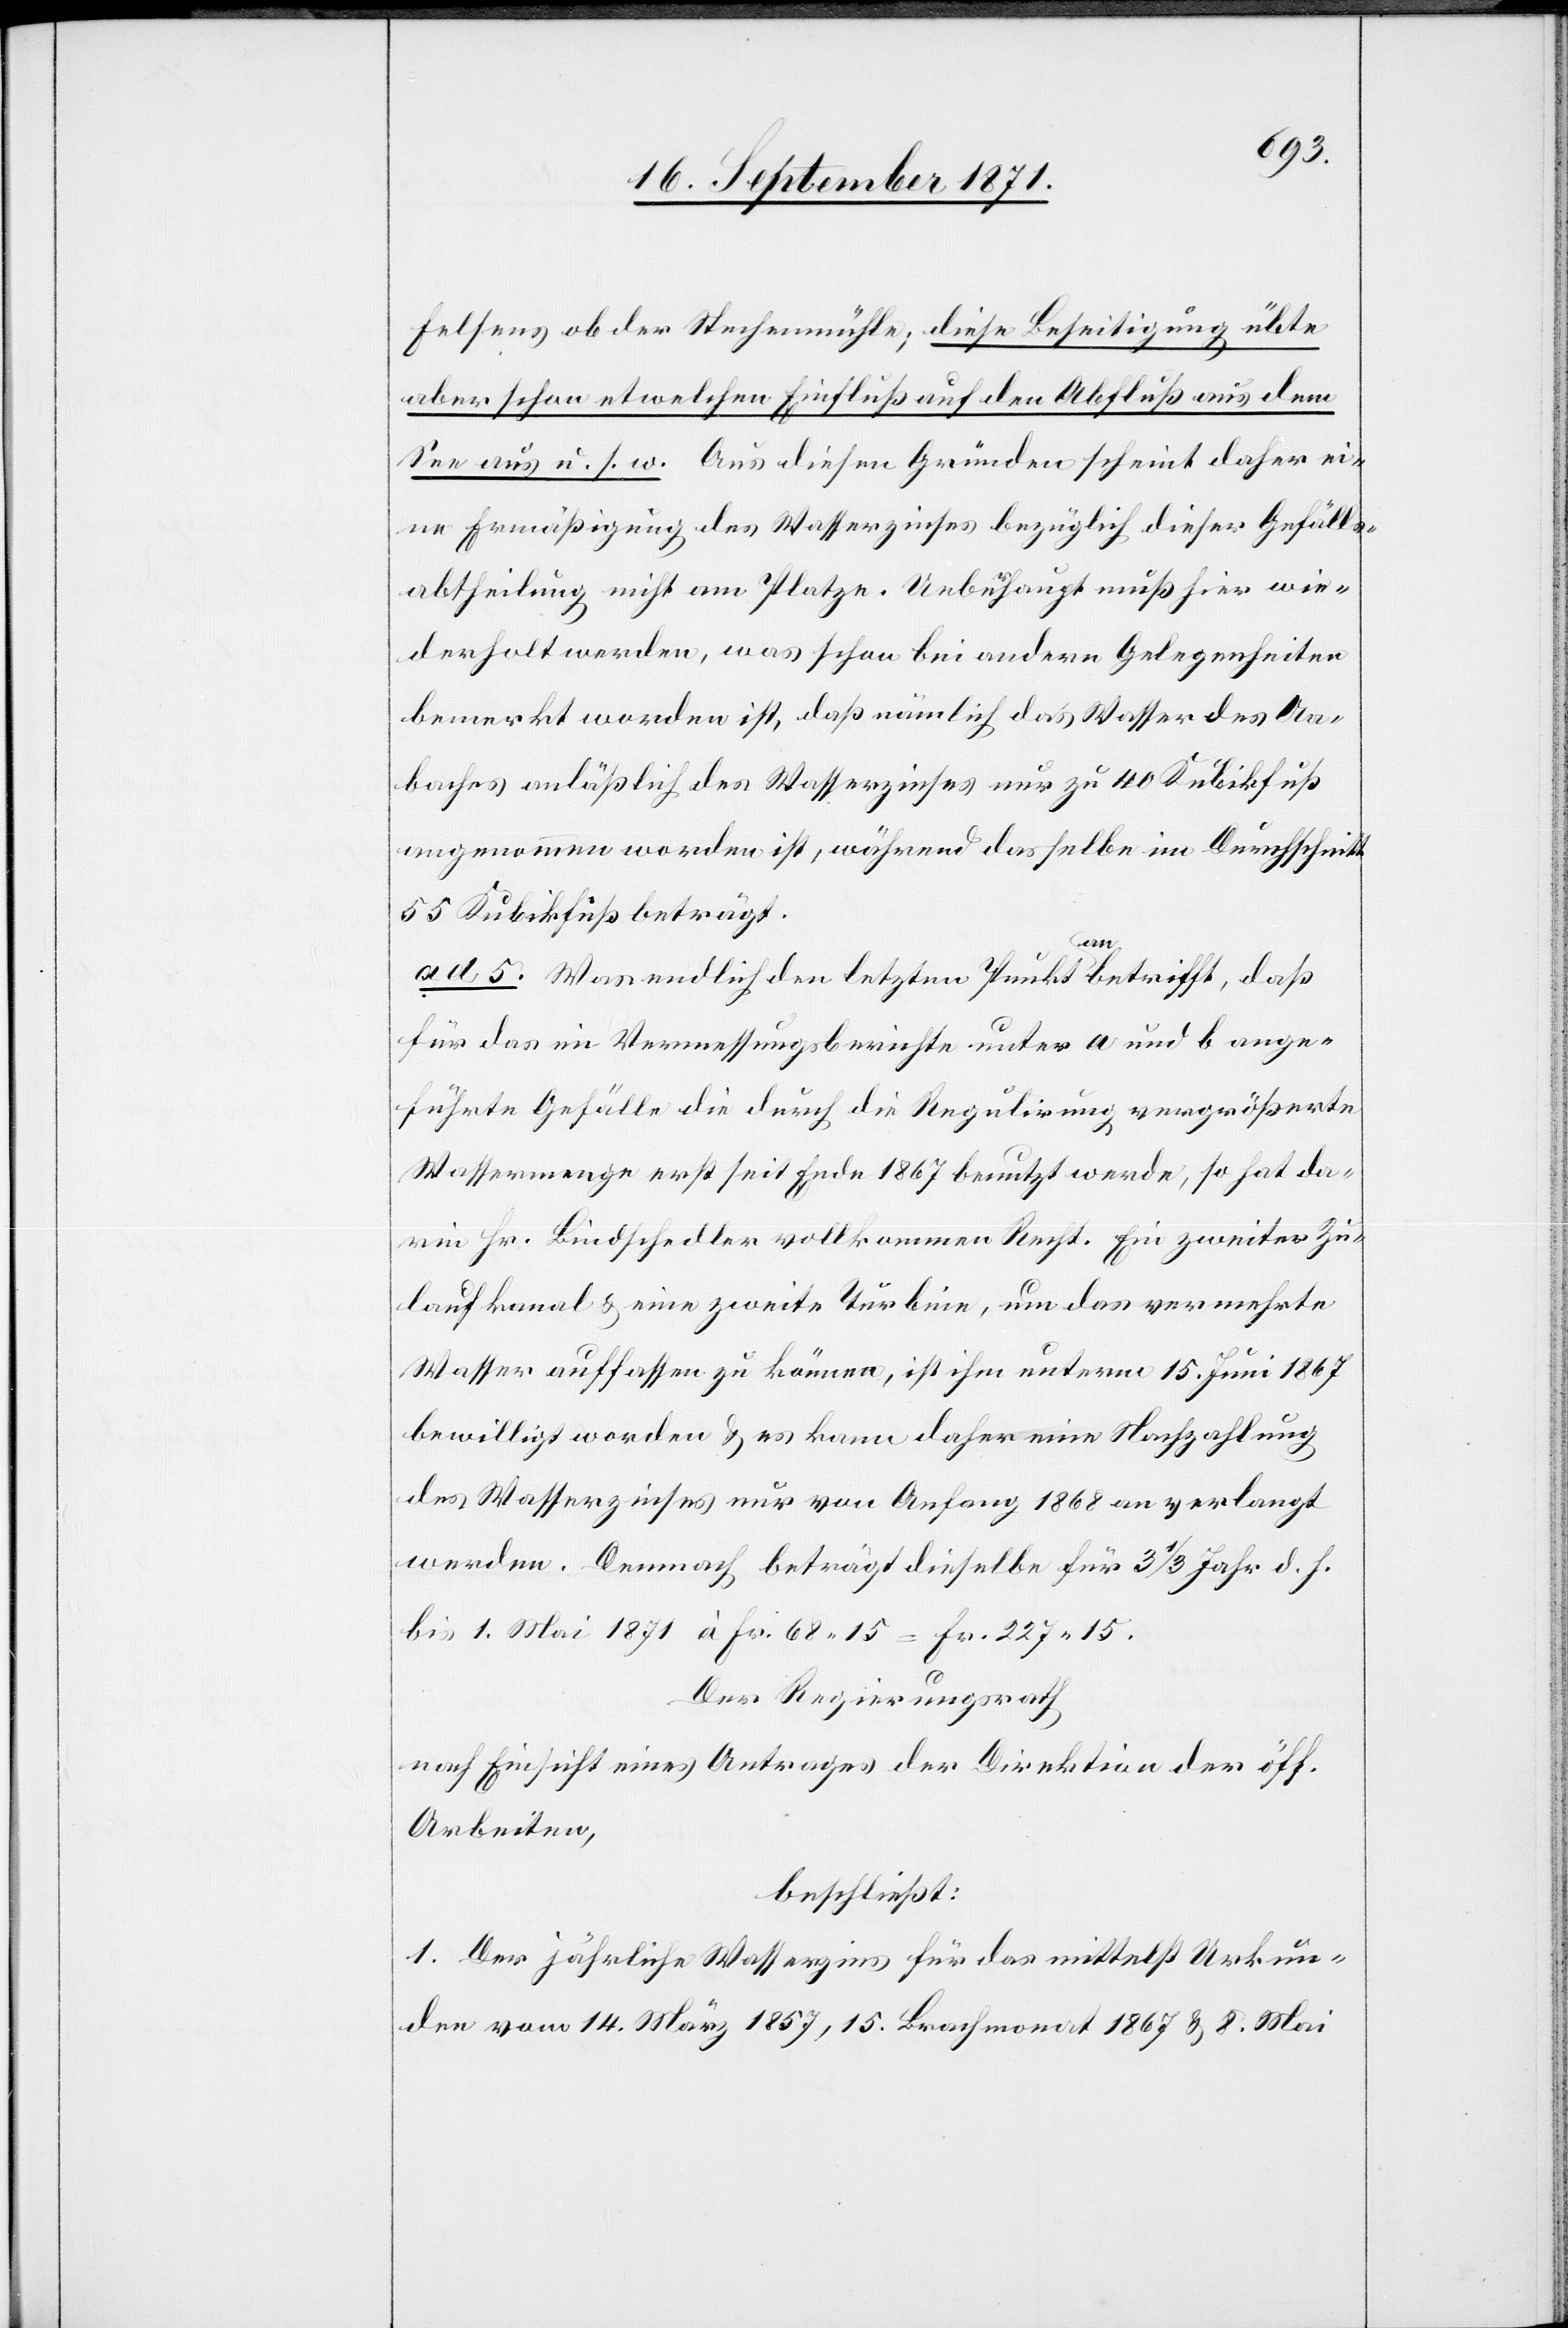
Felsens ob der Stechenmühle; diese Beseitigung übte
aber schon etwelchen Einfluß auf den Abfluß aus dem
See aus u. s. w. Aus diesen Gründen scheint daher ei¬
ne Ermäßigung des Wasserzinses bezüglich dieser Gefälls¬
abtheilung nicht am Platze. Ueberhaupt muß hier wie¬
derholt werden, was schon bei andern Gelegenheiten
bemerkt worden ist, daß nämlich das Wasser des Aa¬
baches anlässlich des Wasserzinses nur zu 40 Kubikfuß
angenommen worden ist, während dasselbe im Durchschnitt
55 Kubikfuß beträgt.
ad 5. Was endlich den letzten Punkt a-an-abetrifft, daß
für das im Vermessungsberichte unter a und b ange¬
führte Gefälle durch die Regulirung vergrößerte
Wassermenge erst seit Ende 1867 benutzt werde; so hat da¬
rin Hr. Bindschedler vollkommen Recht. Ein zweiter Zu¬
laufkanal & eine zweite Turbine, um das vermehrte
Wasser auffassen zu können, ist ihm unterm 15. Juni 1867
bewilligt worden & es kann daher eine Nachzahlung
des Wasserzinses nur von Anfang 1868 an verlangt
werden. Demnach beträgt dieselbe für 3 1/3 Jahr
bis 1. Mai 1871 à Fr. 68,15 = Fr. 227,15.
Der Regierungsrath,
nach Einsicht eines Antrages der Direktion der öff.
Arbeiten,
beschließt:
1. Der jährliche Wasserzins für das mittelst Urkun¬
den vom 14. März 1857, 15. Brachmonat 1867 & 8. Mai